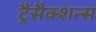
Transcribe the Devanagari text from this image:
ट्रैंसैक्शन्स